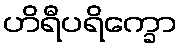
ဟိရီပရိက္ခော